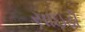
સાઇડી